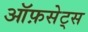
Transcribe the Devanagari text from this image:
ऑफ़सेट्स